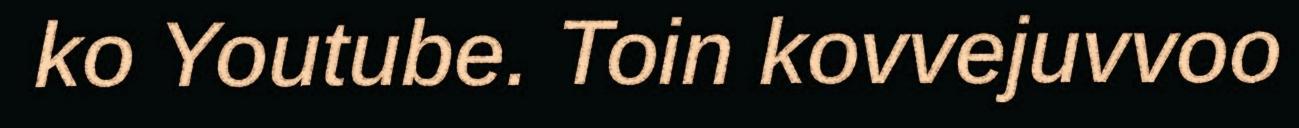
ko Youtube. Toin kovvejuvvoo